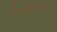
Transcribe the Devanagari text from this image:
ख़िलाफ़तें